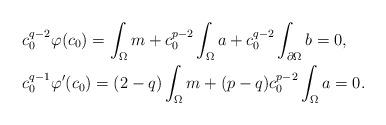
LaTeX: \begin{align*} & c_0^{q-2}\varphi (c_0) = \int_\Omega m + c_0^{p-2} \int_\Omega a + c_0^{q-2}\int_{\partial \Omega}b=0, \\& c_0^{q-1}\varphi' (c_0)= (2-q)\int_\Omega m + (p-q)c_0^{p-2} \int_\Omega a = 0. \end{align*}